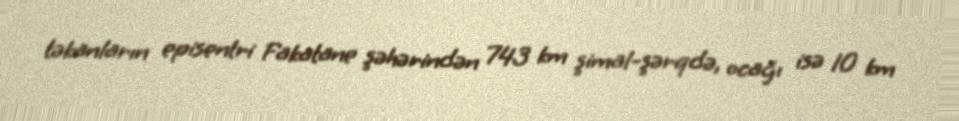
təkanların episentri Fakatane şəhərindən 743 km şimal-şərqdə, ocağı isə 10 km